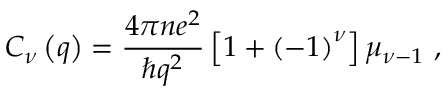
C _ { \nu } \left( q \right) = \frac { 4 \pi n e ^ { 2 } } { \hbar q ^ { 2 } } \left[ 1 + \left( - 1 \right) ^ { \nu } \right] \mu _ { \nu - 1 } \ ,